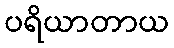
ပရိယာတာယ